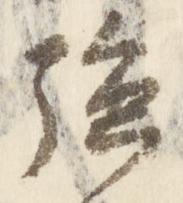
強